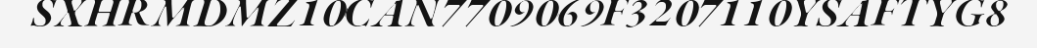
SXHRMDMZ10CAN7709069F3207110YSAFTYG8